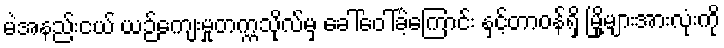
မဲအနည်းငယ် ယဉ်ကျေးမှုတက္ကသိုလ်မှ ခေါ်ဝေါ်ခဲ့ကြောင်း နှင့်တာဝန်ရှိ မြို့များအားလုံးကို